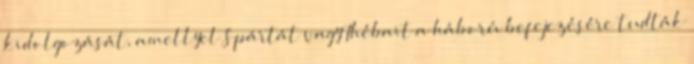
kidolgozását, amellyel Spártát vagy Thébait a háború befejezésére tudták